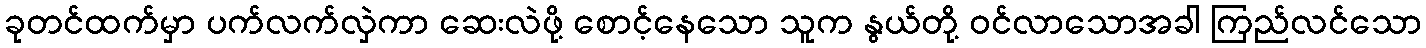
ခုတင်ထက်မှာ ပက်လက်လှဲကာ ဆေးလဲဖို့ စောင့်နေသော သူက နွယ်တို့ ဝင်လာသောအခါ ကြည်လင်သော